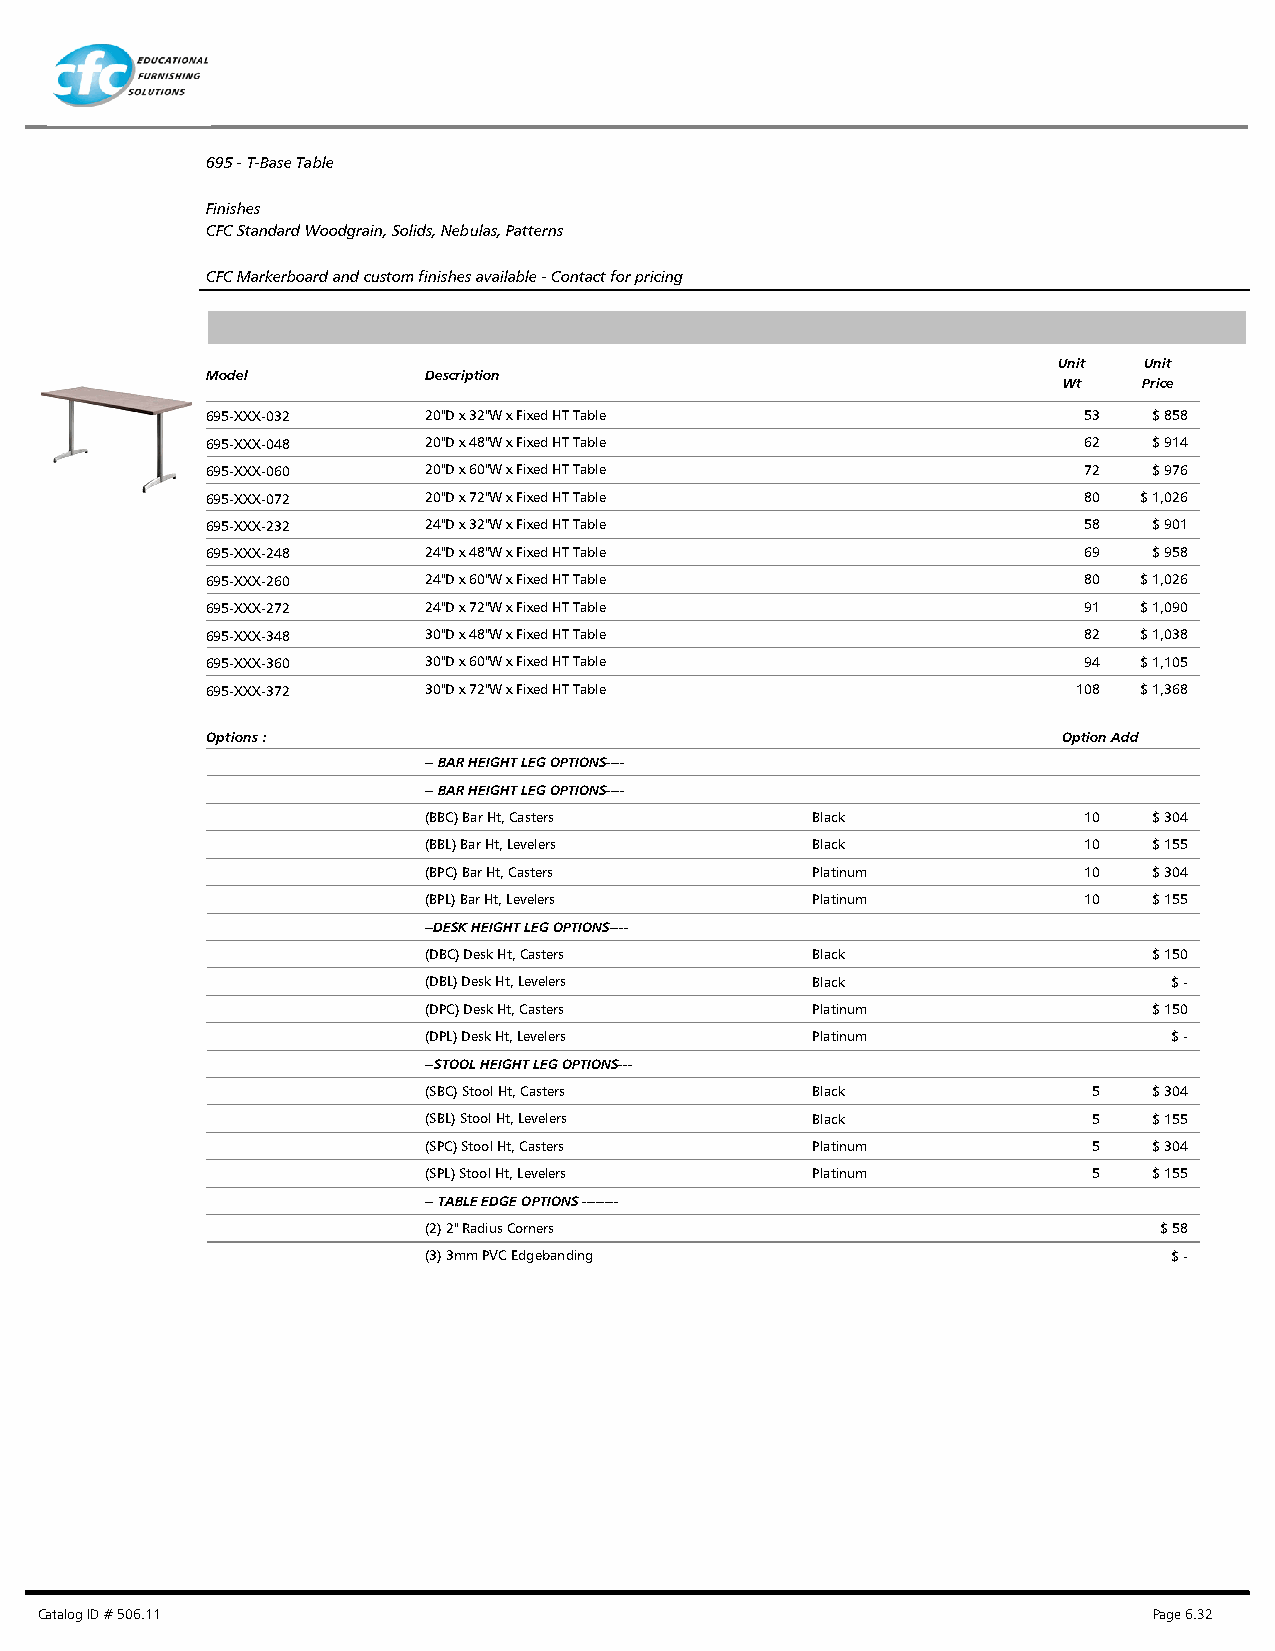
695 - T-Base Table
 Finishes
 CFC Standard Woodgrain, Solids, Nebulas, Patterns
 CFC Markerboard and custom finishes available - Contact for pricing
 Unit  Unit
 Model         Description
 Wt    Price
 695-XXX-032   20"D x 32"W x Fixed HT Table                53  $ 858
 695-XXX-048   20"D x 48"W x Fixed HT Table                62  $ 914
 695-XXX-060   20"D x 60"W x Fixed HT Table                72  $ 976
 695-XXX-072   20"D x 72"W x Fixed HT Table                80 $ 1,026
 695-XXX-232   24"D x 32"W x Fixed HT Table                58  $ 901
 695-XXX-248   24"D x 48"W x Fixed HT Table                69  $ 958
 695-XXX-260   24"D x 60"W x Fixed HT Table                80 $ 1,026
 695-XXX-272   24"D x 72"W x Fixed HT Table                91 $ 1,090
 695-XXX-348   30"D x 48"W x Fixed HT Table                82 $ 1,038
 695-XXX-360   30"D x 60"W x Fixed HT Table                94 $ 1,105
 695-XXX-372   30"D x 72"W x Fixed HT Table               108 $ 1,368
 Options :                                               Option Add
 -- BAR HEIGHT LEG OPTIONS----
 -- BAR HEIGHT LEG OPTIONS----
 (BBC) Bar Ht, Casters     Black             10  $ 304
 (BBL) Bar Ht, Levelers    Black             10  $ 155
 (BPC) Bar Ht, Casters     Platinum          10  $ 304
 (BPL) Bar Ht, Levelers    Platinum          10  $ 155
 --DESK HEIGHT LEG OPTIONS----
 (DBC) Desk Ht, Casters    Black                 $ 150
 (DBL) Desk Ht, Levelers   Black                   $ -
 (DPC) Desk Ht, Casters    Platinum              $ 150
 (DPL) Desk Ht, Levelers   Platinum                $ -
 --STOOL HEIGHT LEG OPTIONS---
 (SBC) Stool Ht, Casters   Black             5   $ 304
 (SBL) Stool Ht, Levelers  Black             5   $ 155
 (SPC) Stool Ht, Casters   Platinum          5   $ 304
 (SPL) Stool Ht, Levelers  Platinum          5   $ 155
 -- TABLE EDGE OPTIONS --------
 (2) 2" Radius Corners                            $ 58
 (3) 3mm PVC Edgebanding                           $ -
 Catalog ID # 506.11                                                       Page 6.32